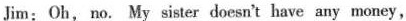
Jim：Oh,no. My sister doesn't have any money,